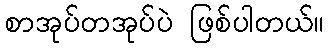
စာအုပ်တအုပ်ပဲ ဖြစ်ပါတယ်။